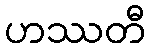
ဟဿတီ